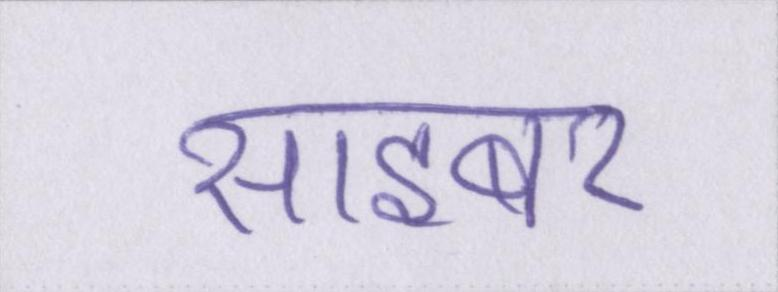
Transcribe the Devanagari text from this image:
साइबर